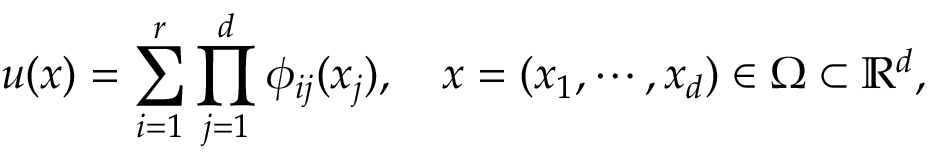
u ( x ) = \sum _ { i = 1 } ^ { r } \prod _ { j = 1 } ^ { d } \phi _ { i j } ( x _ { j } ) , \quad x = ( x _ { 1 } , \cdots , x _ { d } ) \in \Omega \subset \mathbb { R } ^ { d } ,